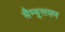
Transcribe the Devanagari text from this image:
सैम्यूलसन